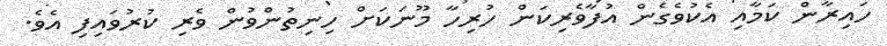
ހައިރާން ކަމާއި އެކުވެގެން އުފާވެރިކަން ހުރިހާ މޫނަކަށް ހިނިތުންވުން ވެރި ކުރުވައިފި އެވެ.